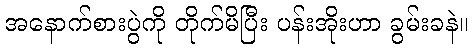
အနောက်စားပွဲကို တိုက်မိပြီး ပန်းအိုးဟာ ခွမ်းခနဲ။